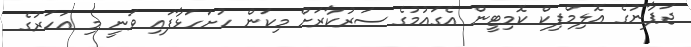
ޖަޕާނުގެ އޮލިމްޕިކް ކޮމިޓީން އެގައުމުގެ ސަރުކާރަށް މިކަން ހުށަހަޅާފައި ވަނީ މި އަހަރުގެ